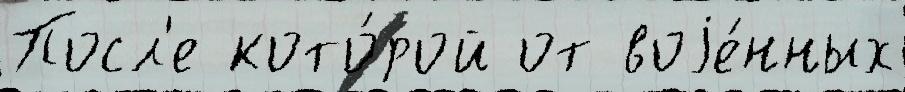
Посл'е кото́рой от воjе́нных